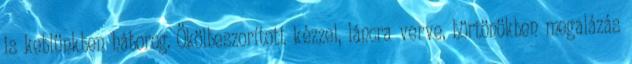
is keblünkben háborog. Ökölbeszorított kézzel, láncra verve, börtönökben megalázás